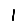
Digit: 1